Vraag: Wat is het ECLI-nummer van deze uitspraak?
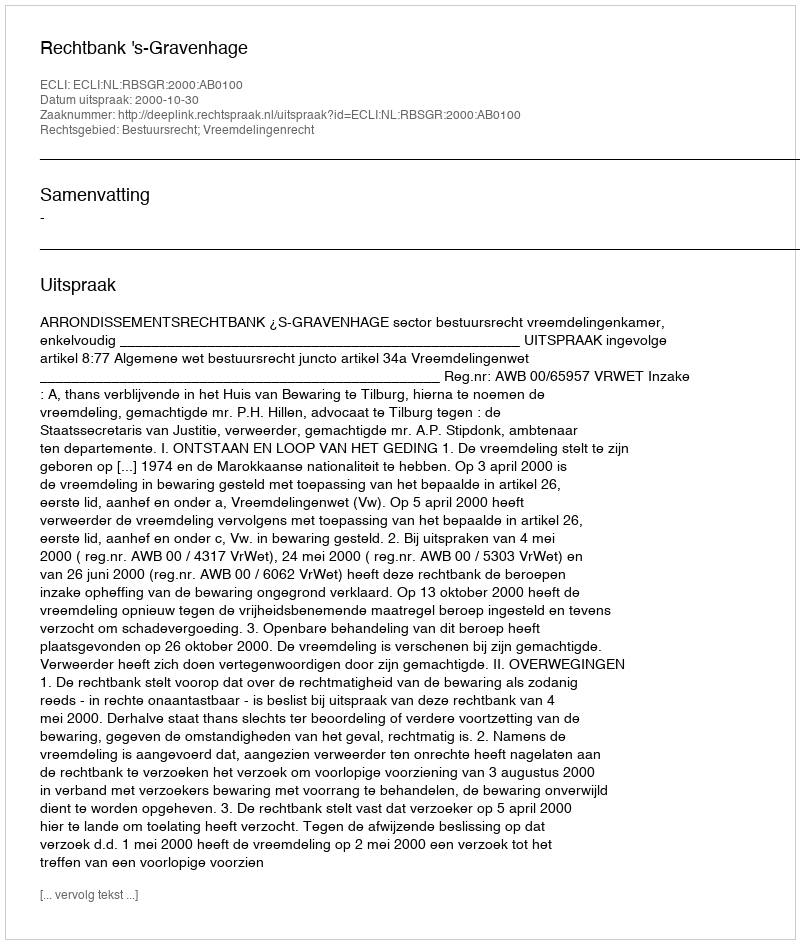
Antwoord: ECLI:NL:RBSGR:2000:AB0100